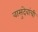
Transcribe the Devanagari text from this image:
वासुदेवांची